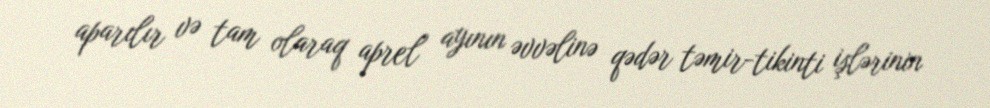
aparılır və tam olaraq aprel ayının əvvəlinə qədər təmir-tikinti işlərinin